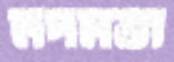
মদমত্তা